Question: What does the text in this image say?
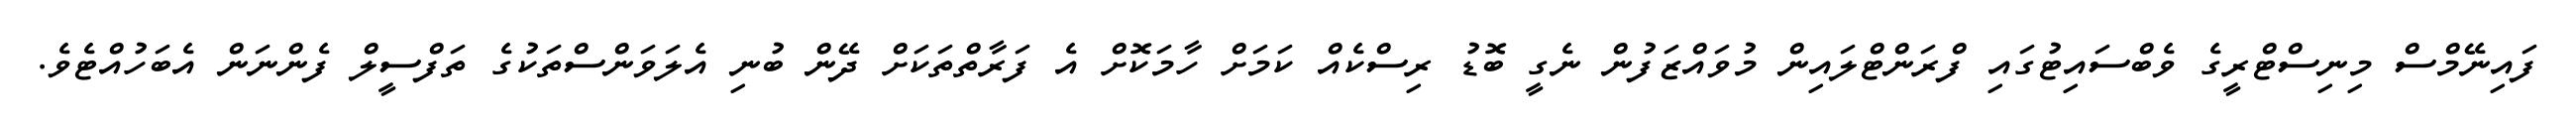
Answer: ފައިނޭމްސް މިނިސްޓްރީގެ ވެބްސައިޓުގައި ފްރަންޓްލައިން މުވައްޒަފުން ނެގީ ބޮޑު ރިސްކެއް ކަމަށް ހާމަކޮށް އެ ފަރާތްތަކަށް ދޭން ބުނި އެލަވަންސްތަކުގެ ތަފްސީލް ފެންނަން އެބަހުއްޓެވެ.